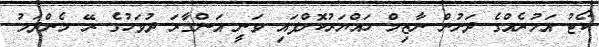
ކޯޓު އަމުރެއްގެ ދަށުން ނާޒިމް ހައްޔަރުކޮށްފައި ވަނީ އަންގާރަ ދުވަހުގެ ރޭ މެންދަމު